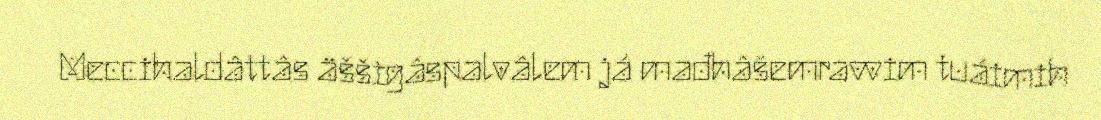
Meccihaldâttâs äššigâspalvâlem já mađhâšemravvim tuáimih